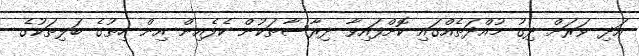
އަދި ވަރަށް ދިގު މުއްދަތެއްގައި ކޮށްފައިވާ ދިރާސާތަކުން ކެފެއިން އިން ހިތުގެ ބަލިތަކުގެ